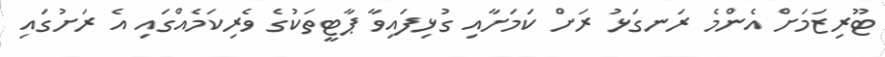
ޓޫރިޒަމަށް އެންމެ ރަނގަޅު ރަށް ކަމަށާއި ގުޅިފައިވާ ޕާޓީތަކުގެ ވެރިކަމެއްގައި އެ ރަށުގައި